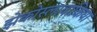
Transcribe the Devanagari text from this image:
झेकोस्लावाकिया